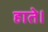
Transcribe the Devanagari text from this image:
हाते।